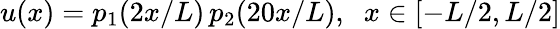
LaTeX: u(x)=p_{1}(2x/L)\, p_{2}(20x/L),\; \; x\in[-L/2,L/2]